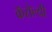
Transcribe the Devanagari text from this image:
कॅरोल्यी